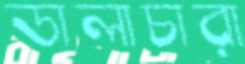
ডালাচারা